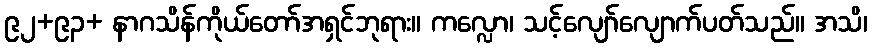
၉၂+၉၃+ နာဂသိန်ကိုယ်တော်အရှင်ဘုရား။ ကလ္လော၊ သင့်လျော်လျောက်ပတ်သည်။ အသိ၊